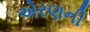
એરણની